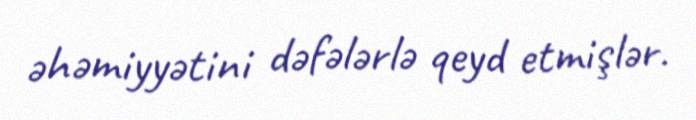
əhəmiyyətini dəfələrlə qeyd etmişlər.